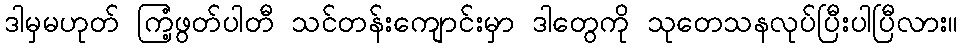
ဒါမှမဟုတ် ကြံ့ဖွတ်ပါတီ သင်တန်းကျောင်းမှာ ဒါတွေကို သုတေသနလုပ်ပြီးပါပြီလား။